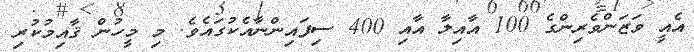
އެއީ ވަޒަންވެރިންގެ 100 އާއިލާ އާއި 400 ސިފައިންނާއެކުގައެވެ. މި މީހުން ޤާއިމުކުރި